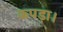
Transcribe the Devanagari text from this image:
कपड़ा।